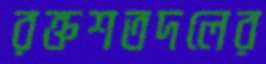
রক্তশতদলের